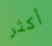
أكثر